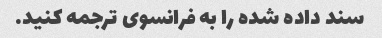
سند داده شده را به فرانسوی ترجمه کنید.